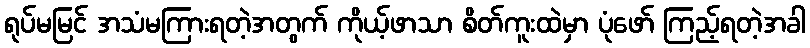
ရုပ်မမြင် အသံမကြားရတဲ့အတွက် ကိုယ့်ဖာသာ စိတ်ကူးထဲမှာ ပုံဖော် ကြည့်ရတဲ့အခါ